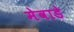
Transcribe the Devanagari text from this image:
मेवाडे